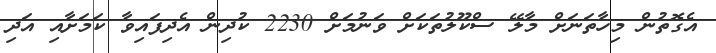
އެގޮތުން މިހާތަނަށް މާލޭ ސްކޫލުތަކަށް ވަނުމަށް 2230 ކުދިން އެދިފައިވާ ކަމަށާއި އަދި